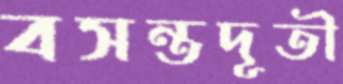
বসন্তদূতী